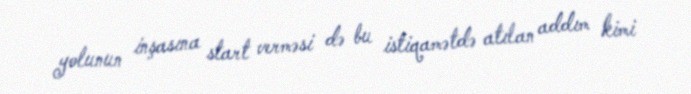
yolunun inşasına start verməsi də bu istiqamətdə atılan addım kimi